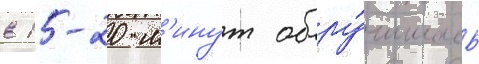
в 15-20 м'инут обру́шилось